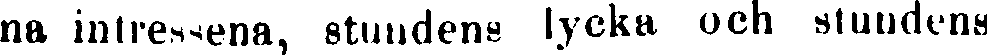
na intressena, stundens lycka och stundens